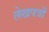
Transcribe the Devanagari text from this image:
लेखपत्रों